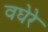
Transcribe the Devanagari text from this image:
वघेरे